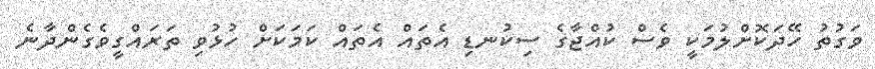
ވަގުތު ހޭދަކޮށްލުމަކީ ވެސް ކުއްޖާގެ ސިކުނޑި އެތައް އެތައް ކަމަކަށް ހުޅުވި ތަރައްގީވެގެންދާނެ